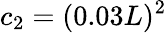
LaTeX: c_{2}=(0.03L)^{2}